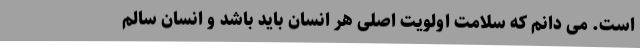
است. می دانم که سلامت اولویت اصلی هر انسان باید باشد و انسان سالم